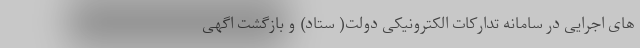
های اجرایی در سامانه تدارکات الکترونیکی دولت( ستاد) و بازگشت اگهی